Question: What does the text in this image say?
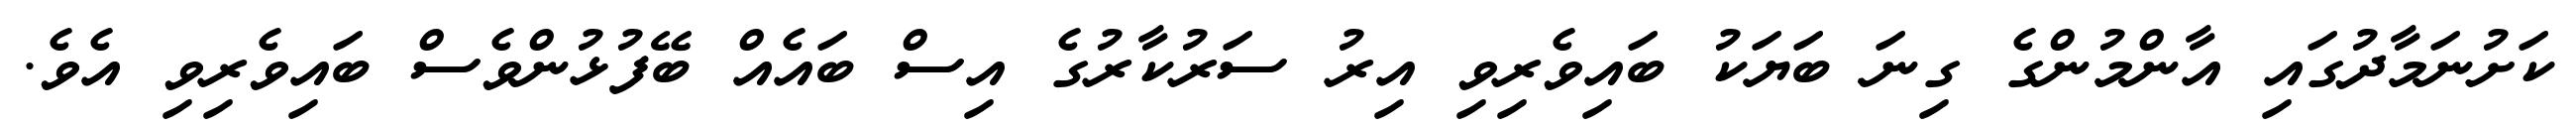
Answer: ކަށުނަމާދުގައި އާންމުންގެ ގިނަ ބަޔަކު ބައިވެރިވި އިރު ސަރުކާރުގެ އިސް ބައެއް ބޭފުޅުންވެސް ބައިވެރިވި އެވެ.